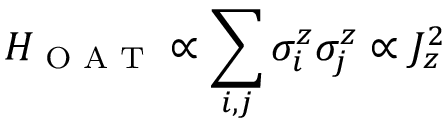
H _ { \textrm { O A T } } \propto \sum _ { i , j } \sigma _ { i } ^ { z } \sigma _ { j } ^ { z } \propto J _ { z } ^ { 2 }